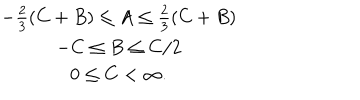
LaTeX: \begin{array} { c } { { - \frac { 2 } { 3 } ( C + B ) \leq A \leq \frac { 2 } { 3 } ( C + B ) } } \\ { { - C \leq B \leq C / 2 } } \\ { { 0 \leq C < \infty . } } \\ \end{array}